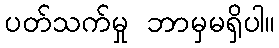
ပတ်သက်မှု ဘာမှမရှိပါ။